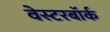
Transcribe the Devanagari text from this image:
वेस्टरबॉर्क